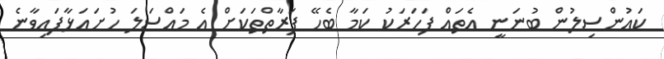
ކައުންސިލުން ބުނަނީ އެތައް ފަހަރަކު ކަމާ ބެހޭ ފަރާތްތަކަށް އެ މައްސަލަ ހުށައަޅާފައިވާނެ